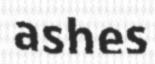
ashes